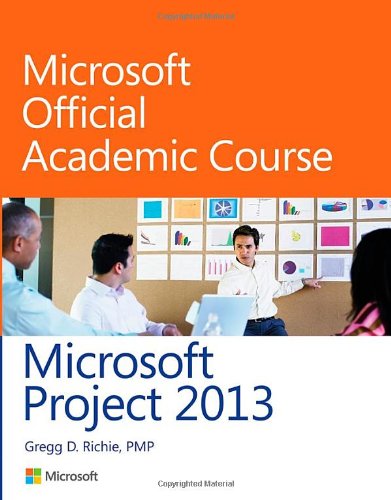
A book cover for Microsoft Project 2013; Microsoft Official Academic Course; Computers & Technology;